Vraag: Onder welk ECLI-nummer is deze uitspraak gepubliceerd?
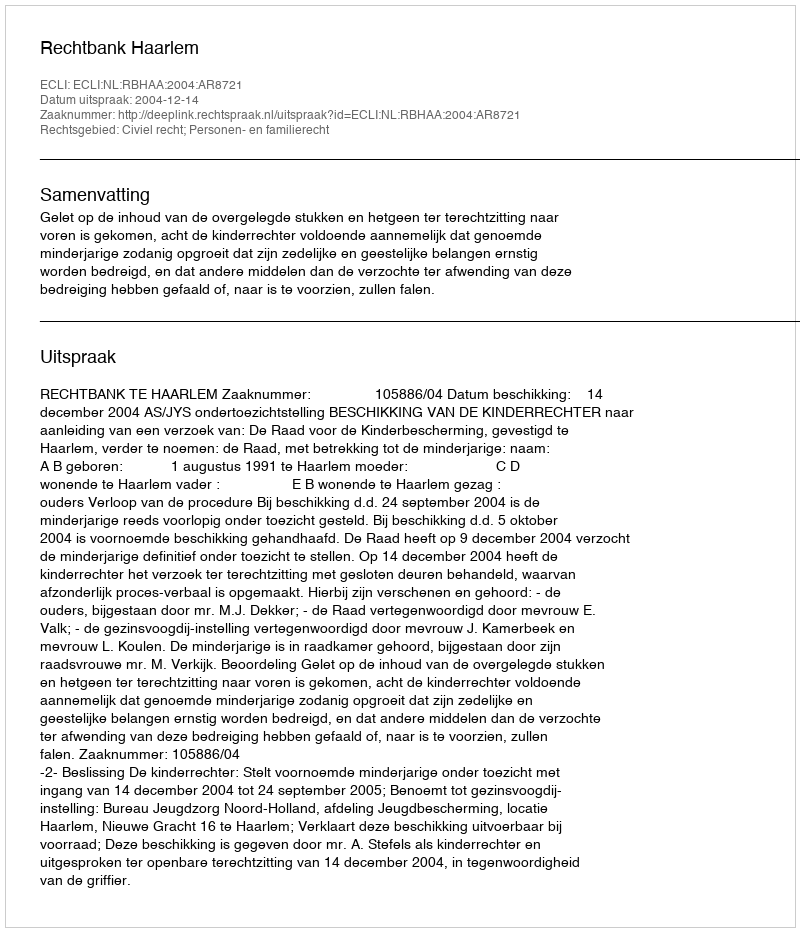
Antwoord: ECLI:NL:RBHAA:2004:AR8721